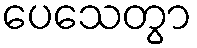
ပေသေတွာ